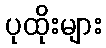
ပုထိုးများ